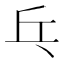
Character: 乓